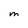
Character: M